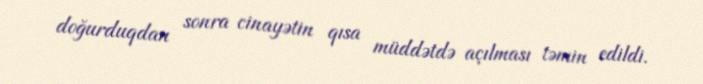
doğurduqdan sonra cinayətin qısa müddətdə açılması təmin edildi.